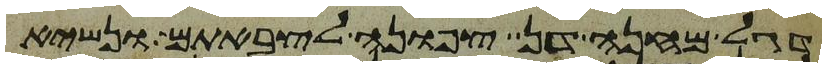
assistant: דגל מחנה דן צפונה לצבאתם ונשיא